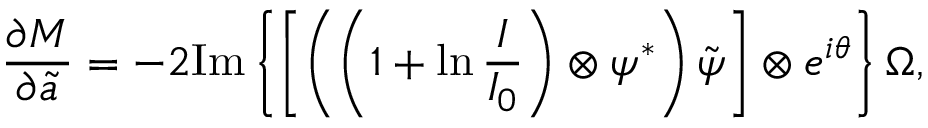
\frac { \partial M } { \partial \boldsymbol { \Tilde { a } } } = - 2 \mathrm { I m } \left\{ \left[ \left( \left( 1 + \ln \frac { \boldsymbol { I } } { I _ { 0 } } \right) \otimes \boldsymbol { \psi ^ { * } } \right) \Tilde { \boldsymbol { \psi } } \right] \otimes e ^ { i \boldsymbol { \theta } } \right\} \boldsymbol { \Omega } ,